Senior Leaving Certificate Examination (including Day School Certificate (Higher) General paper), 1948
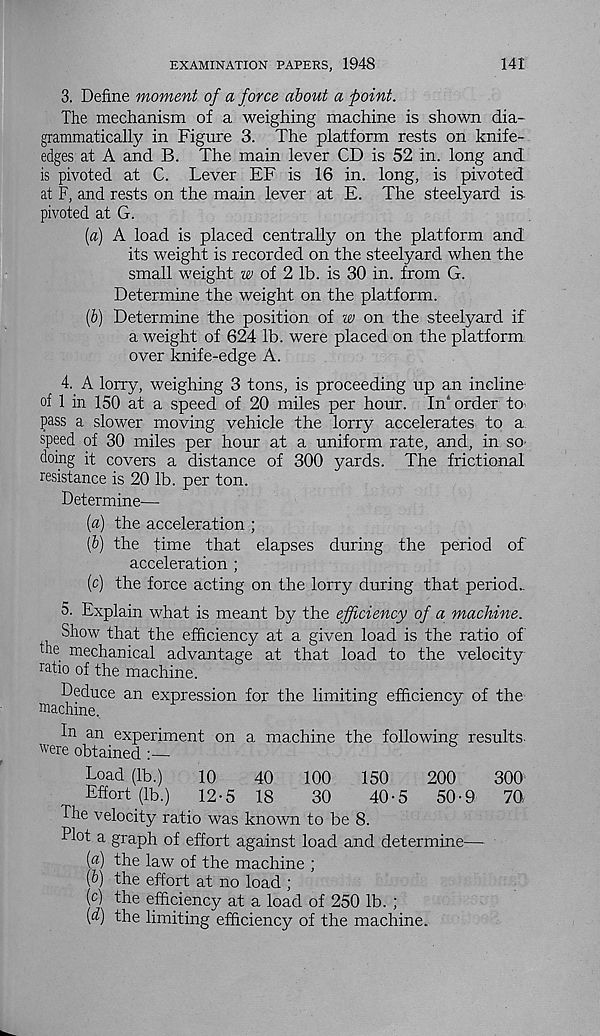
EXAMINATION PAPERS, 1948
141
3. Define moment of a force about a point.
The mechanism of a weighing machine is shown dia-
grammatically in Figure 3. The platform rests on knife-
edges at A and B. The main lever CD is 52 in. long and
is pivoted at C. Lever EF is 16 in. long, is pivoted
at F, and rests on the main lever at E. The steelyard is.
pivoted at G.
[a) A load is placed centrally on the platform and
its weight is recorded on the steelyard when the
small weight w oi 2 lb. is 30 in. from G.
Determine the weight on the platform.
(6) Determine the position of w on the steelyard if
a weight of 624 lb. were placed on the platform
over knife-edge A.
4. A lorry, weighing 3 tons, is proceeding up an incline
of 1 in 150 at a speed of 20 miles per hour. In' order to
pass a slower moving vehicle the lorry accelerates to a
speed of 30 miles per hour at a uniform rate, and, in so
doing it covers a distance of 300 yards. The frictional
resistance is 20 lb. per ton.
Determine-—
{a) the acceleration ;
(6) the time that elapses during the period of
acceleration ;
(c) the force acting on the lorry during that period..
5. Explain what is meant by the efficiency of a machine.
Show that the efficiency at a given load is the ratio of'
rne mechanical advantage at that load to the velocity
ratio of the machine.
Deduce an expression for the limiting efficiency of the
machine.
In an experiment on a machine the following results
were obtained
Load (lb.)
10
40
100
150
200
300
Effort (lb.)
12-5 18
30
40-5
50-9
70.
The velocity ratio was known to be 8.
Plot a graph of effort against load and determine—
{a) the law of the machine ;
[b) the effort at no load ;
[c) the efficiency at a load of 250 lb. ;
(^) the limiting efficiency of the machine.